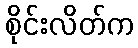
စိုင်းလိတ်က